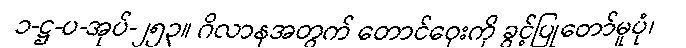
၁-ဋ္ဌ-ပ-အုပ်-၂၅၃။ ဂိလာနအတွက် တောင်ဝှေးကို ခွင့်ပြုတော်မူပုံ၊